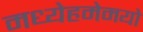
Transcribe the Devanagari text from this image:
मध्येहमेमयो